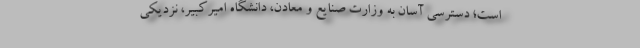
است؛ دسترسی آسان به وزارت صنایع و معادن، دانشگاه امیرکبیر، نزدیکی